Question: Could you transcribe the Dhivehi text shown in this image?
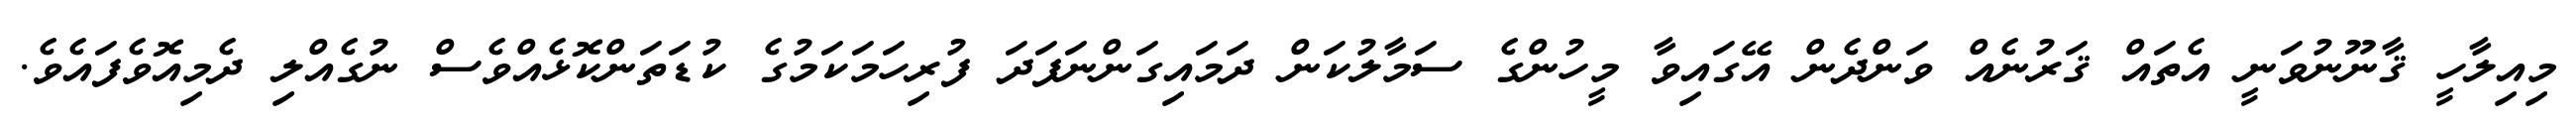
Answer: މިއިލާހީ ޤާނޫނުވަނީ އެތައް ޤަރުނެއް ވަންދެން އޭގައިވާ މީހުންގެ ސަމާލުކަން ދަމައިގަންނަފަދަ ފުރިހަމަކަމުގެ ކުޑަތަންކޮޅެއްވެސް ނުގެއްލި ދެމިއޮވެފައެވެ.